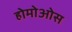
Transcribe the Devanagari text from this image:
होमोओस